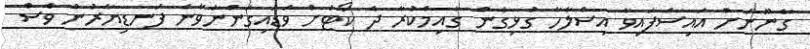
ގާނޫނަށް އައިސްފައިވާ އިސްލާހާ ގުޅިގެން ގާއިމްކުރާ ދެ ކޯޓަށް ވަޑައިގަންނަވާނެ ފަނޑިޔާރުން ވެސް